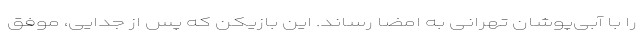
را با آبی‌پوشان تهرانی به امضا رساند. این بازیکن که پس از جدایی، موفق